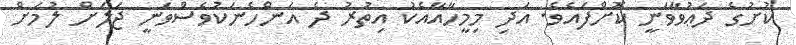
ކުށުގެ ދަޢުވާވަނީ ކޮށްފައެވެ. އަދި މިމީހާއާއެކު އިތުރު ދެ އަންހެނަކުވެސްވަނީ ޖަލަށް ލުމަށް